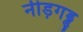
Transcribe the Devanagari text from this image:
नीड़गड्डु